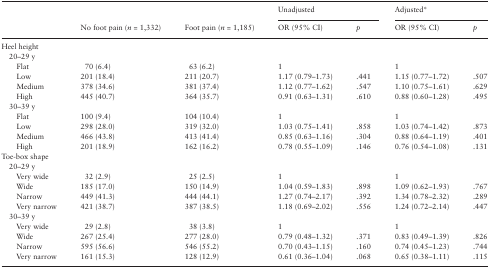
<table><thead><tr><td rowspan="2">[EMPTY_CELL]</td><td rowspan="2"><b>No foot pain (<i>n</i> = 1,332)</b></td><td rowspan="2"><b>Foot pain (<i>n</i> = 1,185)</b></td><td colspan="2"><b>Unadjusted</b></td><td colspan="2"><b>Adjusted*</b></td></tr><tr><td><b>OR (95% CI)</b></td><td><b><i>p</i></b></td><td><b>OR (95% CI)</b></td><td><b><i>p</i></b></td></tr></thead><tbody><tr><td colspan="7">Heel height</td></tr><tr><td colspan="7"> 20–29 y</td></tr><tr><td>Flat</td><td>70 (6.4)</td><td>63 (6.2)</td><td>1</td><td>[EMPTY_CELL]</td><td>1</td><td>[EMPTY_CELL]</td></tr><tr><td>Low</td><td>201 (18.4)</td><td>211 (20.7)</td><td>1.17 (0.79–1.73)</td><td>.441</td><td>1.15 (0.77–1.72)</td><td>.507</td></tr><tr><td>Medium</td><td>378 (34.6)</td><td>381 (37.4)</td><td>1.12 (0.77–1.62)</td><td>.547</td><td>1.10 (0.75–1.61)</td><td>.629</td></tr><tr><td>High</td><td>445 (40.7)</td><td>364 (35.7)</td><td>0.91 (0.63–1.31)</td><td>.610</td><td>0.88 (0.60–1.28)</td><td>.495</td></tr><tr><td colspan="7"> 30–39 y</td></tr><tr><td>Flat</td><td>100 (9.4)</td><td>104 (10.4)</td><td>1</td><td>[EMPTY_CELL]</td><td>1</td><td>[EMPTY_CELL]</td></tr><tr><td>Low</td><td>298 (28.0)</td><td>319 (32.0)</td><td>1.03 (0.75–1.41)</td><td>.858</td><td>1.03 (0.74–1.42)</td><td>.873</td></tr><tr><td>Medium</td><td>466 (43.8)</td><td>413 (41.4)</td><td>0.85 (0.63–1.16)</td><td>.304</td><td>0.88 (0.64–1.19)</td><td>.401</td></tr><tr><td>High</td><td>201 (18.9)</td><td>162 (16.2)</td><td>0.78 (0.55–1.09)</td><td>.146</td><td>0.76 (0.54–1.08)</td><td>.131</td></tr><tr><td colspan="7">Toe-box shape</td></tr><tr><td colspan="7"> 20–29 y</td></tr><tr><td>Very wide</td><td>32 (2.9)</td><td>25 (2.5)</td><td>1</td><td>[EMPTY_CELL]</td><td>1</td><td>[EMPTY_CELL]</td></tr><tr><td>Wide</td><td>185 (17.0)</td><td>150 (14.9)</td><td>1.04 (0.59–1.83)</td><td>.898</td><td>1.09 (0.62–1.93)</td><td>.767</td></tr><tr><td>Narrow</td><td>449 (41.3)</td><td>444 (44.1)</td><td>1.27 (0.74–2.17)</td><td>.392</td><td>1.34 (0.78–2.32)</td><td>.289</td></tr><tr><td>Very narrow</td><td>421 (38.7)</td><td>387 (38.5)</td><td>1.18 (0.69–2.02)</td><td>.556</td><td>1.24 (0.72–2.14)</td><td>.447</td></tr><tr><td colspan="7"> 30–39 y</td></tr><tr><td>Very wide</td><td>29 (2.8)</td><td>38 (3.8)</td><td>1</td><td>[EMPTY_CELL]</td><td>1</td><td>[EMPTY_CELL]</td></tr><tr><td>Wide</td><td>267 (25.4)</td><td>277 (28.0)</td><td>0.79 (0.48–1.32)</td><td>.371</td><td>0.83 (0.49–1.39)</td><td>.826</td></tr><tr><td>Narrow</td><td>595 (56.6)</td><td>546 (55.2)</td><td>0.70 (0.43–1.15)</td><td>.160</td><td>0.74 (0.45–1.23)</td><td>.744</td></tr><tr><td>Very narrow</td><td>161 (15.3)</td><td>128 (12.9)</td><td>0.61 (0.36–1.04)</td><td>.068</td><td>0.65 (0.38–1.11)</td><td>.115</td></tr></tbody></table>